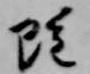
雖